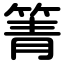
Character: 箐